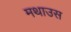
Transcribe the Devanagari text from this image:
मथाउस